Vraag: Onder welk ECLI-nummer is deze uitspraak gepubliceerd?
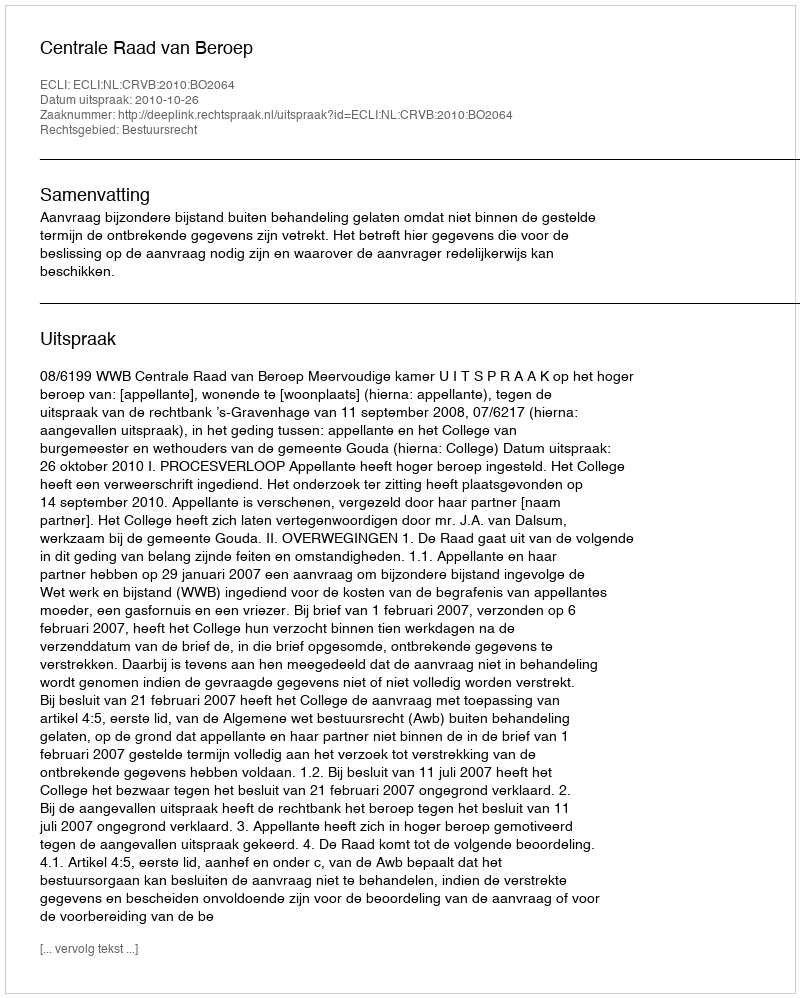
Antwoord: ECLI:NL:CRVB:2010:BO2064